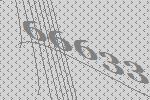
66633